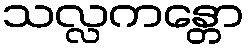
သလ္လကန္တော